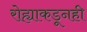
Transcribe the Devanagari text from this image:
रोह्याकडूनही